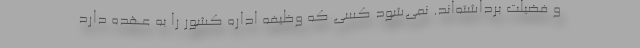
و فضیلت برداشته‌اند. نمی‌شود کسی که وظیفه اداره کشور را به عهده دارد